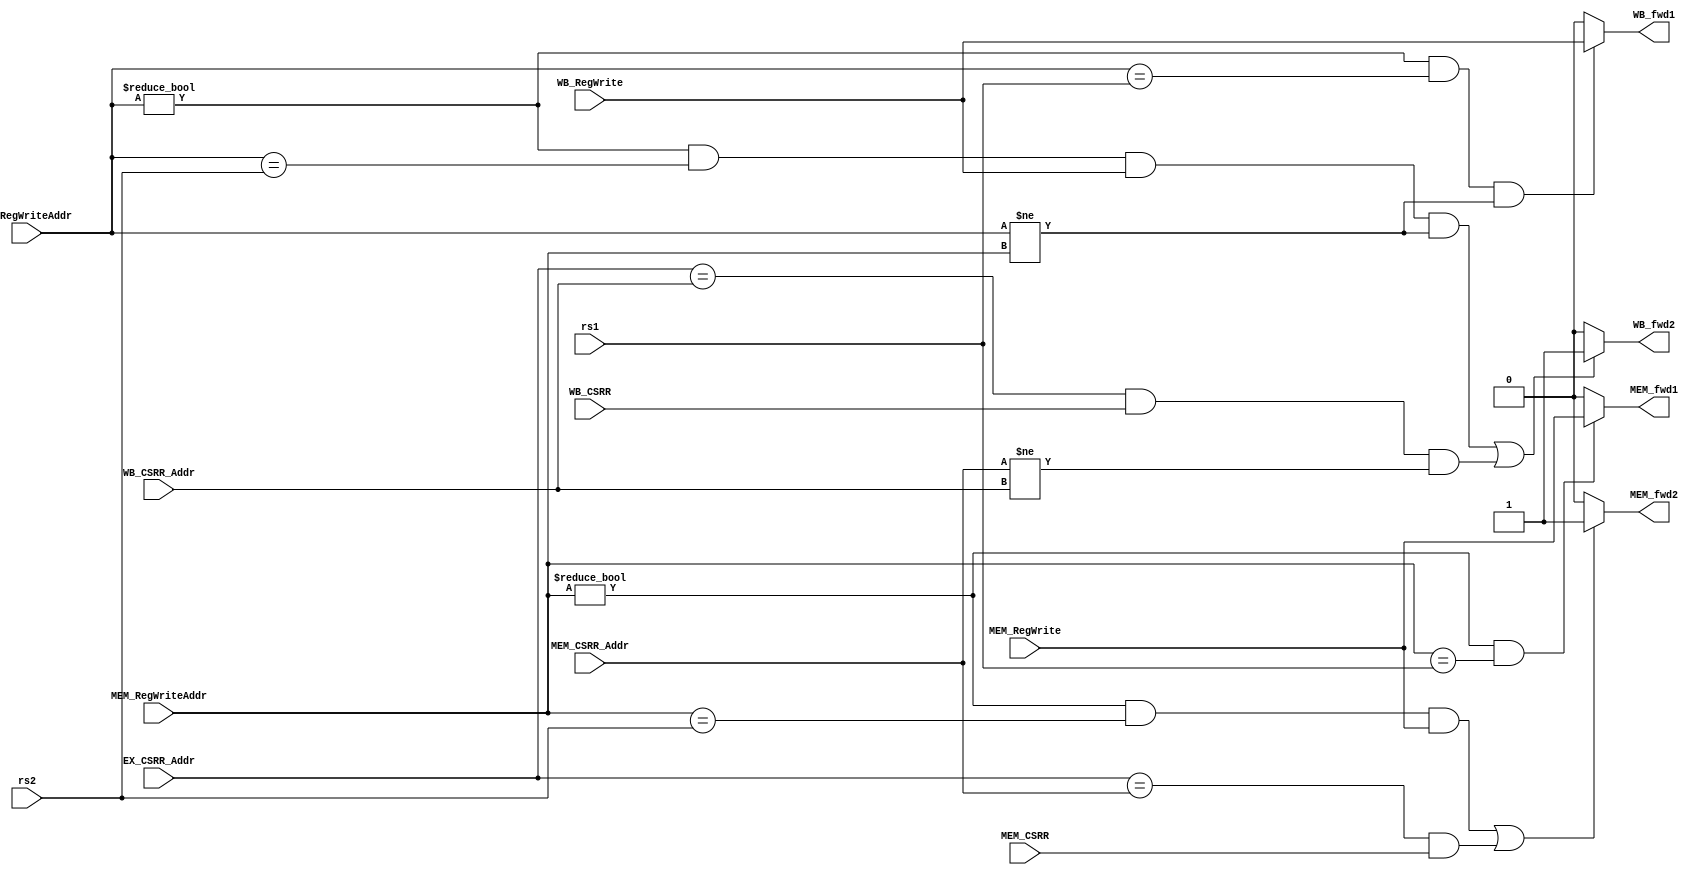
/*
	Authored 2018-2019, Ryan Voo.

	All rights reserved.
	Redistribution and use in source and binary forms, with or without
	modification, are permitted provided that the following conditions
	are met:

	*	Redistributions of source code must retain the above
		copyright notice, this list of conditions and the following
		disclaimer.

	*	Redistributions in binary form must reproduce the above
		copyright notice, this list of conditions and the following
		disclaimer in the documentation and/or other materials
		provided with the distribution.

	*	Neither the name of the author nor the names of its
		contributors may be used to endorse or promote products
		derived from this software without specific prior written
		permission.

	THIS SOFTWARE IS PROVIDED BY THE COPYRIGHT HOLDERS AND CONTRIBUTORS
	"AS IS" AND ANY EXPRESS OR IMPLIED WARRANTIES, INCLUDING, BUT NOT
	LIMITED TO, THE IMPLIED WARRANTIES OF MERCHANTABILITY AND FITNESS
	FOR A PARTICULAR PURPOSE ARE DISCLAIMED. IN NO EVENT SHALL THE
	COPYRIGHT OWNER OR CONTRIBUTORS BE LIABLE FOR ANY DIRECT, INDIRECT,
	INCIDENTAL, SPECIAL, EXEMPLARY, OR CONSEQUENTIAL DAMAGES (INCLUDING,
	BUT NOT LIMITED TO, PROCUREMENT OF SUBSTITUTE GOODS OR SERVICES;
	LOSS OF USE, DATA, OR PROFITS; OR BUSINESS INTERRUPTION) HOWEVER
	CAUSED AND ON ANY THEORY OF LIABILITY, WHETHER IN CONTRACT, STRICT
	LIABILITY, OR TORT (INCLUDING NEGLIGENCE OR OTHERWISE) ARISING IN
	ANY WAY OUT OF THE USE OF THIS SOFTWARE, EVEN IF ADVISED OF THE
	POSSIBILITY OF SUCH DAMAGE.
*/



/*
 *	Forwarding Unit
 */



module ForwardingUnit(rs1, rs2, MEM_RegWriteAddr, WB_RegWriteAddr, MEM_RegWrite, WB_RegWrite, EX_CSRR_Addr, MEM_CSRR_Addr, WB_CSRR_Addr, MEM_CSRR, WB_CSRR, MEM_fwd1, MEM_fwd2, WB_fwd1, WB_fwd2);
	input [4:0]	rs1;
	input [4:0]	rs2;
	input [4:0]	MEM_RegWriteAddr;
	input [4:0]	WB_RegWriteAddr;
	input		MEM_RegWrite;
	input		WB_RegWrite;
	input [11:0]	EX_CSRR_Addr;
	input [11:0]	MEM_CSRR_Addr;
	input [11:0]	WB_CSRR_Addr;
	input		MEM_CSRR;
	input		WB_CSRR;
	output		MEM_fwd1;
	output		MEM_fwd2;
	output		WB_fwd1;
	output		WB_fwd2;

	/*
	 *	if data hazard detected, assign RegWrite to decide if...
	 *	result MEM or WB stage should be rerouted to ALU input
	 */
	assign MEM_fwd1 = (MEM_RegWriteAddr != 5'b0 && MEM_RegWriteAddr ==  rs1)?MEM_RegWrite:1'b0;
	assign MEM_fwd2 = (MEM_RegWriteAddr != 5'b0 && MEM_RegWriteAddr ==  rs2 && MEM_RegWrite == 1'b1) || (EX_CSRR_Addr == MEM_CSRR_Addr && MEM_CSRR == 1'b1)?1'b1:1'b0;

	/*
	 *	from wb stage
	 */
	assign WB_fwd1 = (WB_RegWriteAddr != 5'b0 && WB_RegWriteAddr ==  rs1 && WB_RegWriteAddr != MEM_RegWriteAddr)?WB_RegWrite:1'b0;
	assign WB_fwd2 = (WB_RegWriteAddr != 5'b0 && WB_RegWriteAddr ==  rs2 && WB_RegWrite == 1'b1 && WB_RegWriteAddr != MEM_RegWriteAddr) || (EX_CSRR_Addr == WB_CSRR_Addr && WB_CSRR == 1'b1 && MEM_CSRR_Addr != WB_CSRR_Addr)?1'b1:1'b0;

endmodule